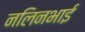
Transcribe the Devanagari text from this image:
नलिनभाई